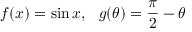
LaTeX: f ( x ) = \sin x , \ \ g ( \theta ) = { \frac { \pi } { 2 } } - \theta